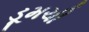
ડૂમચી